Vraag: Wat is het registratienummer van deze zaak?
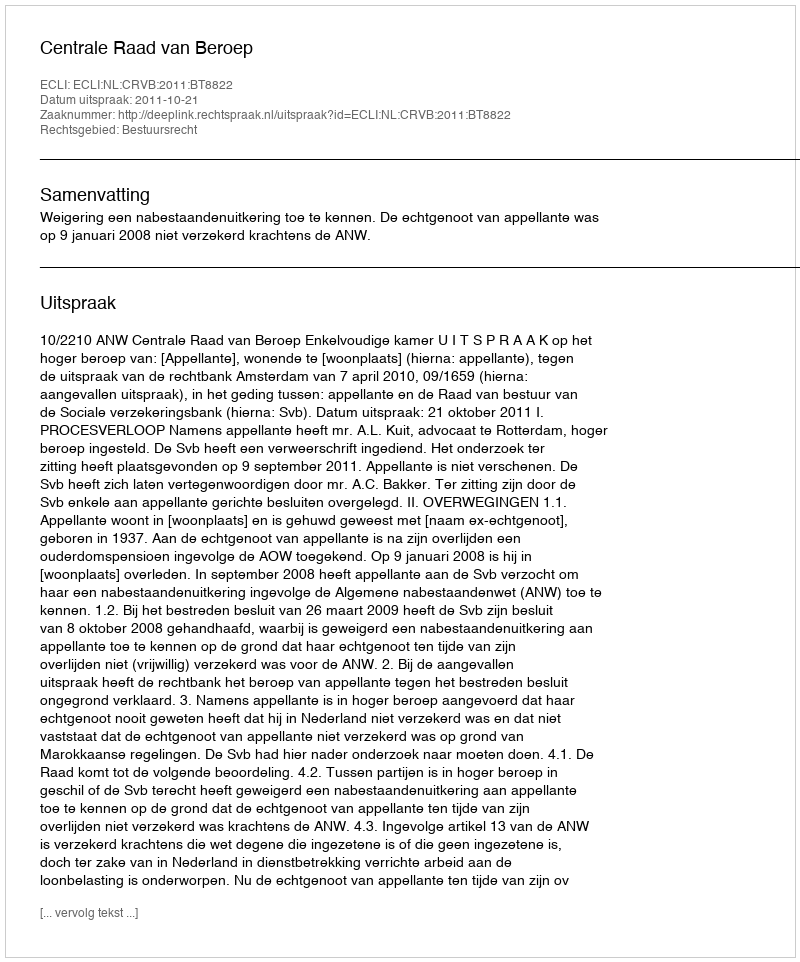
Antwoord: http://deeplink.rechtspraak.nl/uitspraak?id=ECLI:NL:CRVB:2011:BT8822